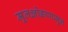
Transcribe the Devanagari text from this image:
मूलक्षोडापासून